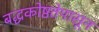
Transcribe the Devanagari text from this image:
बद्धकोष्ठतेपासून